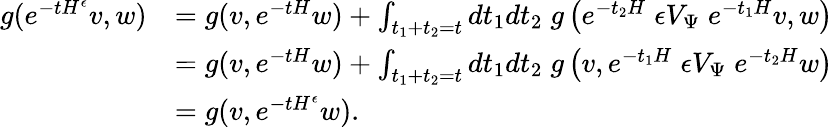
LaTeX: \begin{array}{rl}{g(e^{-tH^{\epsilon}}v,w)}&{=g(v,e^{-tH}w)+\int_{t_{1}+t_{2}=t}dt_{1}dt_{2}\; g\left(e^{-t_{2}H}\; {\epsilon}V_{\Psi}\; e^{-t_{1}H}v,w\right)}\\ &{=g(v,e^{-tH}w)+\int_{t_{1}+t_{2}=t}dt_{1}dt_{2}\; g\left(v,e^{-t_{1}H}\; {\epsilon}V_{\Psi}\; e^{-t_{2}H}w\right)}\\ &{=g(v,e^{-tH^{\epsilon}}w).}\end{array}